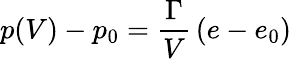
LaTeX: p(V)-p_{0}={\frac{\Gamma}{V}}\left(e-e_{0}\right)